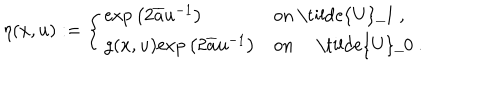
\eta ( x , u ) : = \left\{ \begin{array} { l l } { { \mathrm { e x p } \left( 2 \overline { { { a } } } u ^ { - 1 } \right) } } & { { \mathrm { o n ~ \tilde { U } _ { 1 } ~ } , } } \\ { { g ( x , u ) \mathrm { e x p } \left( 2 \overline { { { a } } } u ^ { - 1 } \right) } } & { { \mathrm { o n ~ \tilde { U } _ { 0 } ~ . } } } \\ \end{array} \right.